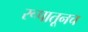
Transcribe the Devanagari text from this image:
रूपातूनच